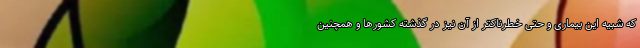
که شبیه این بیماری و حتی خطرناکتر از آن نیز در گذشته کشورها و همچنین